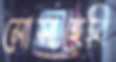
মোসাহেবি